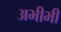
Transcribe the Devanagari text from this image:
अभीभी